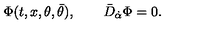
\Phi ( t , x , \theta , \bar { \theta } ) , \qquad \bar { D } _ { \dot { \alpha } } \Phi = 0 .